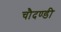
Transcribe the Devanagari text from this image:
चौदण्डी